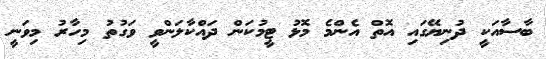
ބާސާއަކީ ދުނިޔޭގައި އޮތް އެންމެ މޮޅު ޓީމުކަން ދައްކާލަންވީ ވަގުތު މިހާރު މިވަނީ